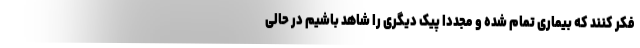
فکر کنند که بیماری تمام شده و مجددا پیک دیگری را شاهد باشیم در حالی